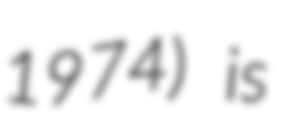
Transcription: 1974) is